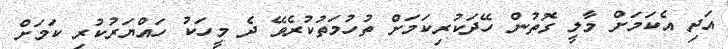
އަދި އެކަމަށް މާލީ ގޮތުން ހޭދަކުރިކަމަށް ތުހުމަތުކުރެވޭ ދެ މީހަކު ހައްޔަރުކުރި ކަމަށް